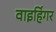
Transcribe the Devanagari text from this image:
वाइहिंगर